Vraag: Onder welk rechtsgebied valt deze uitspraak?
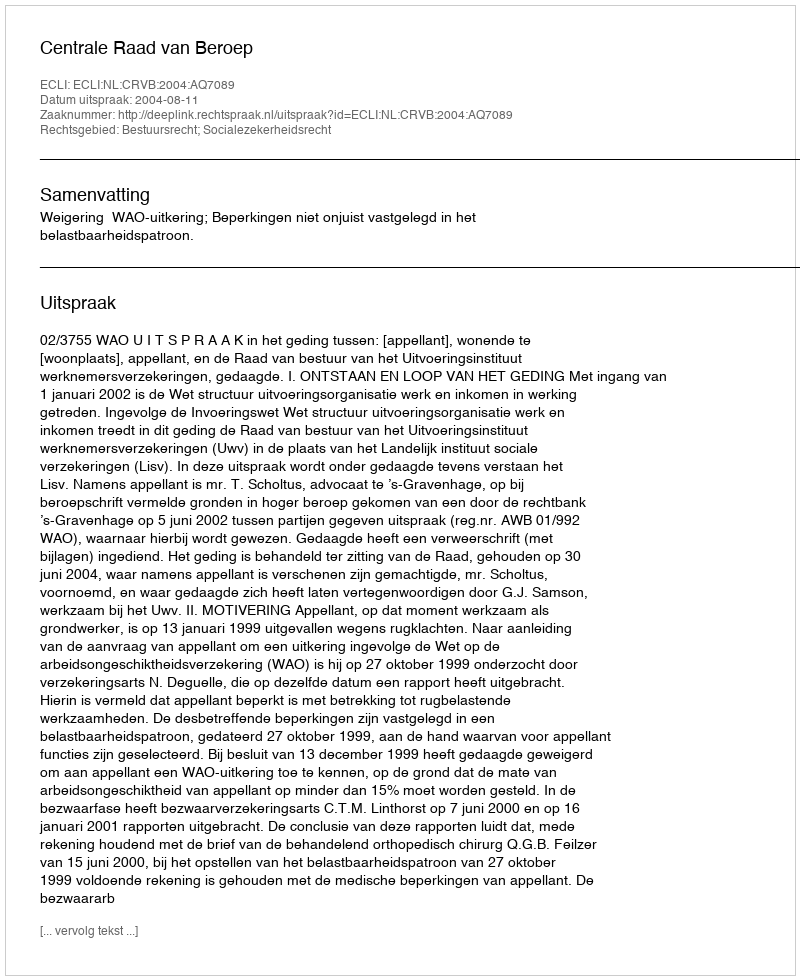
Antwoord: Bestuursrecht; Socialezekerheidsrecht